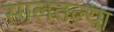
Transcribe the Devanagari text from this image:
सालतल्या